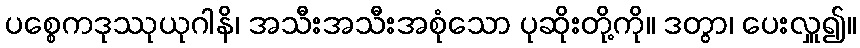
ပစ္စေကဒုဿုယုဂါနိ၊ အသီးအသီးအစုံသော ပုဆိုးတို့ကို။ ဒတွာ၊ ပေးလှူ၍။